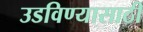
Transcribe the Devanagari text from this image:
उडविण्यासाठी